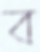
ব